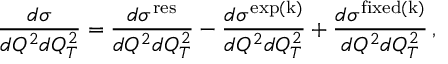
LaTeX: { \frac { d \sigma } { d Q ^ { 2 } d Q _ { T } ^ { 2 } } } = { \frac { d \sigma ^ { \mathrm { r e s } } } { d Q ^ { 2 } d Q _ { T } ^ { 2 } } } - { \frac { d \sigma ^ { \mathrm { e x p ( k ) } } } { d Q ^ { 2 } d Q _ { T } ^ { 2 } } } + { \frac { d \sigma ^ { \mathrm { f i x e d ( k ) } } } { d Q ^ { 2 } d Q _ { T } ^ { 2 } } } \, ,